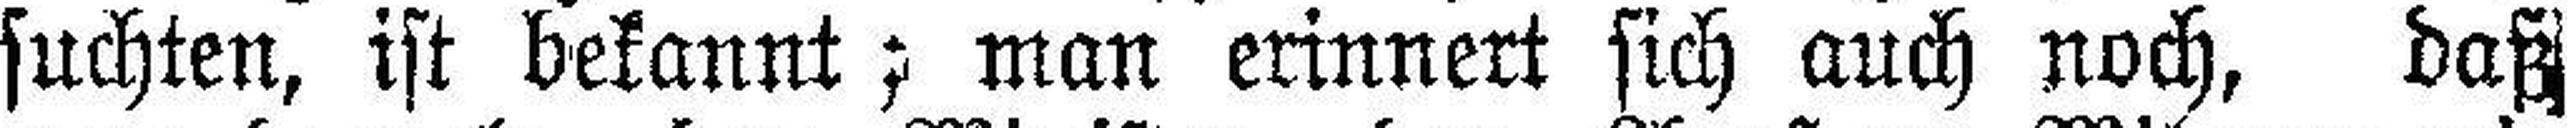
suchten, ist bekannt; man erinnert sich auch noch, daß